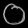
Digit: ၀